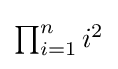
\textstyle \prod _{i=1}^{n}i^{2}